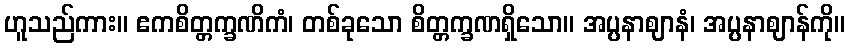
ဟူသည်ကား။ ဧကစိတ္တက္ခဏိကံ၊ တစ်ခုသော စိတ္တက္ခဏရှိသော။ အပ္ပနာဈာနံ၊ အပ္ပနာဈာန်ကို။